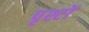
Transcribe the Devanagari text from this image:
पृश्टों